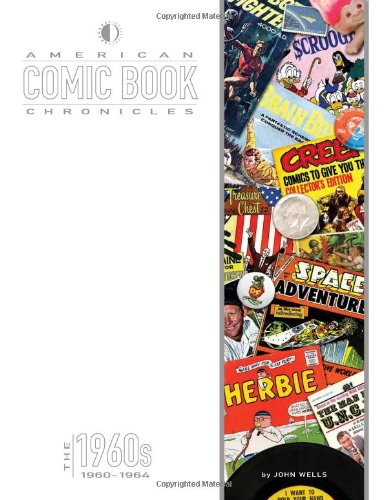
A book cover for American Comic Book Chronicles: 1960-64; John Wells; Comics & Graphic Novels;